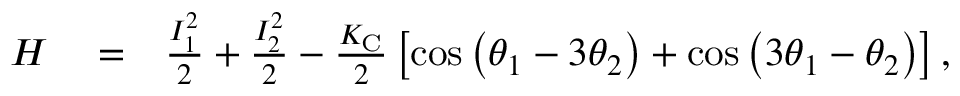
\begin{array} { r l r } { H } & { { } = } & { \frac { I _ { 1 } ^ { 2 } } { 2 } + \frac { I _ { 2 } ^ { 2 } } { 2 } - \frac { K _ { \mathrm { C } } } { 2 } \left[ \cos \left( \theta _ { 1 } - 3 \theta _ { 2 } \right) + \cos \left( 3 \theta _ { 1 } - \theta _ { 2 } \right) \right] , } \end{array}